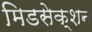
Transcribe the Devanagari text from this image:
मिडसेक्शन